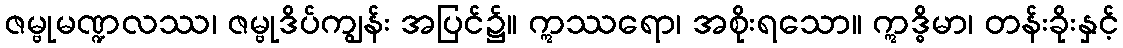
ဇမ္ဗုမဏ္ဍလဿ၊ ဇမ္ဗုဒိပ်ကျွန်း အပြင်၌။ ဣဿရော၊ အစိုးရသော။ ဣဒ္ဓိမာ၊ တန်းခိုးနှင့်